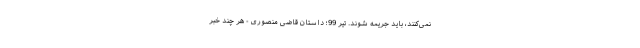
نمی‌کنند، باید جریمه شوند. تیر 99؛ داستان قاضی منصوری - هر چند خبر